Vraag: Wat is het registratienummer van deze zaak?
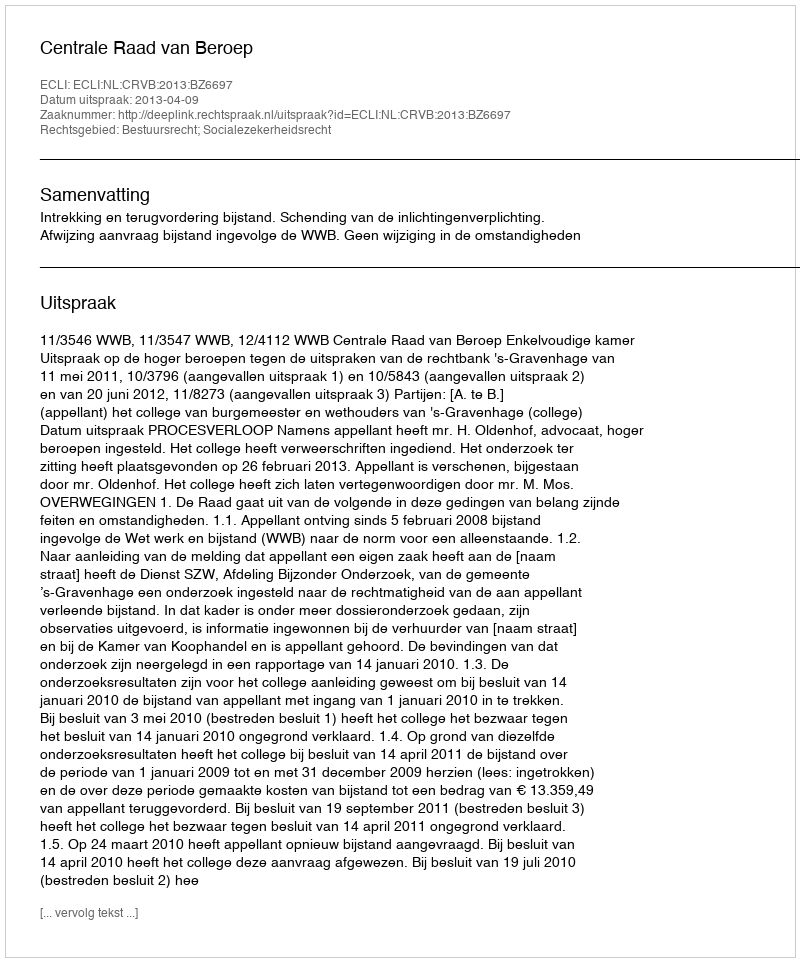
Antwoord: http://deeplink.rechtspraak.nl/uitspraak?id=ECLI:NL:CRVB:2013:BZ6697